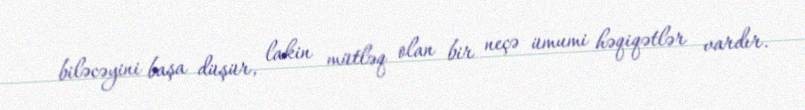
biləcəyini başa düşür, lakin mütləq olan bir neçə ümumi həqiqətlər vardır.